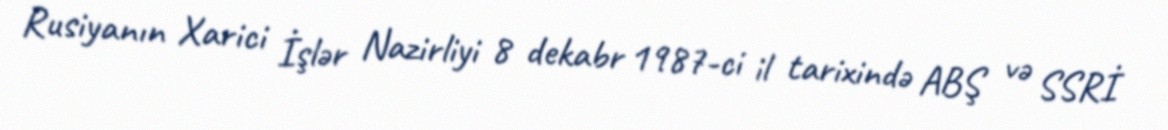
Rusiyanın Xarici İşlər Nazirliyi 8 dekabr 1987-ci il tarixində ABŞ və SSRİ